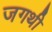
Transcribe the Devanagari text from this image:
जगथी